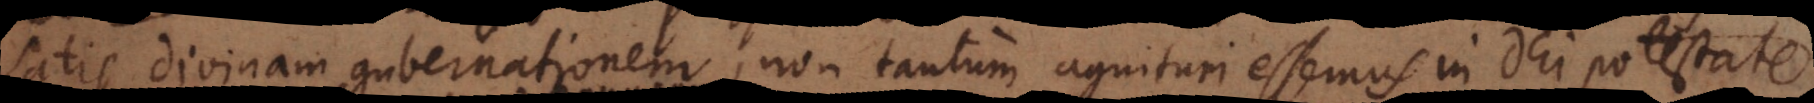
satis divinam gubernationem, non tantum agnituri essemus in Dei potestate